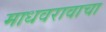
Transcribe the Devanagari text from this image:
माधवरावाचा